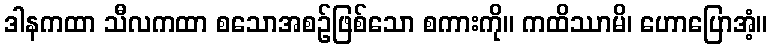
ဒါနကထာ သီလကထာ စသောအစဉ်ဖြစ်သော စကားကို။ ကထိဿာမိ၊ ဟောပြောအံ့။